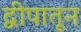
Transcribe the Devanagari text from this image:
द्वीपातून